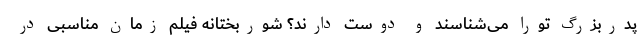
پدربزرگ تورا می‌شناسند و دوست دارند؟ شوربختانه فیلم زمان مناسبی در